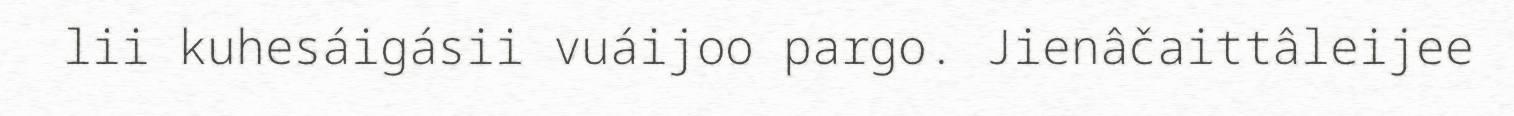
lii kuhesáigásii vuáijoo pargo. Jienâčaittâleijee